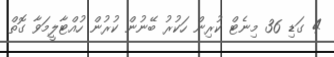
4 ގަޑި 36 މިނެޓް ކުރިން ހަކުރު ބޭނުން ކުރުން ހުއްޓާލީމަވާ ގޮތް